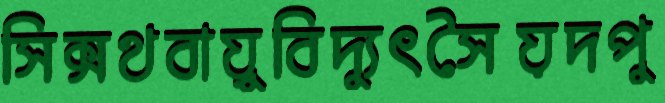
সিক্সথবায়ুবিদ্যুৎসৈয়দপু